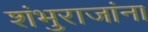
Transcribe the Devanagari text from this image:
शंभुराजांना